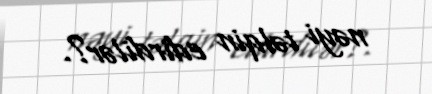
nəyi təlqin edirdilər?.